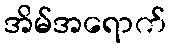
အိမ်အရောက်